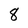
Character: 8